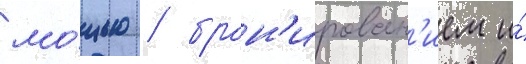
мо́щью / брон'ирован'ием и́